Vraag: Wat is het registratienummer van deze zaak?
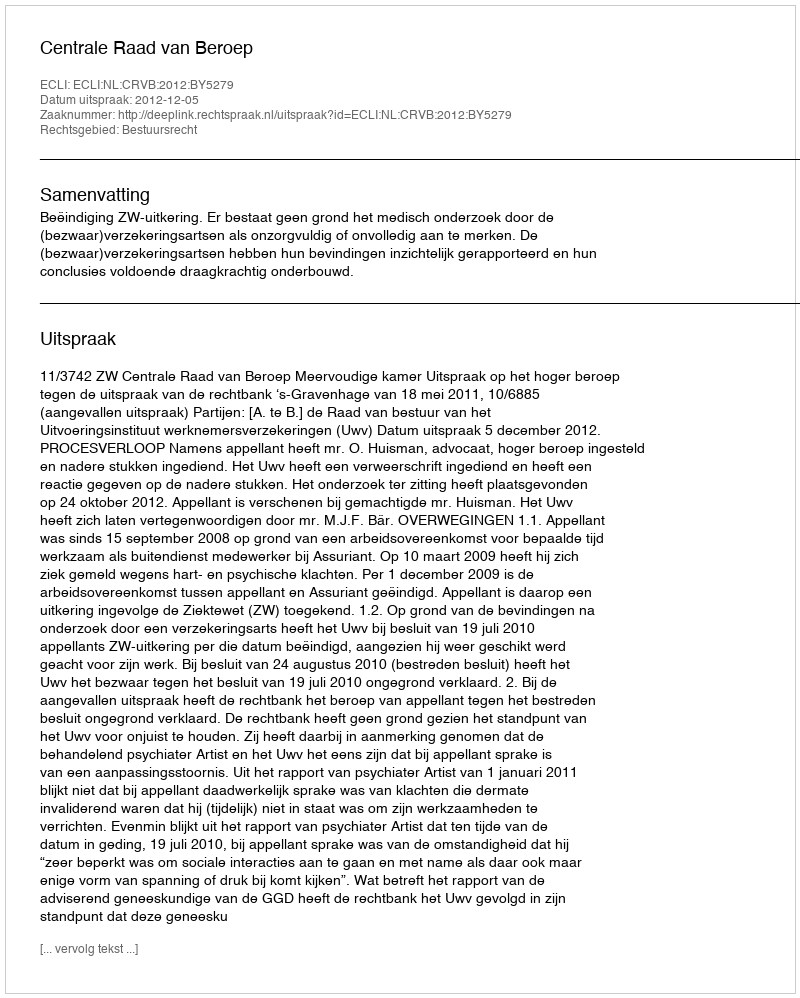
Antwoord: http://deeplink.rechtspraak.nl/uitspraak?id=ECLI:NL:CRVB:2012:BY5279